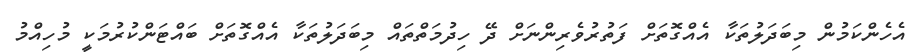
އެހެންކަމުން މިބަދަލުތަކާ އެއްގޮތަށް ފަތުރުވެރިންނަށް ދޭ ހިދުމަތްތައް މިބަދަލުތަކާ އެއްގޮތަށް ބައްޓަންކުރުމަކީ މުހިއްމު